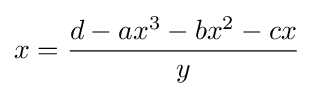
x={\frac {d-ax^{3}-bx^{2}-cx}{y}}